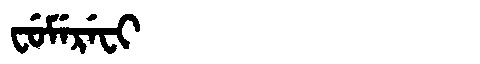
Manchu: ᠸᡠᠮᡝᡵᡝᠸᡳ
Romanization: FUMEREFI